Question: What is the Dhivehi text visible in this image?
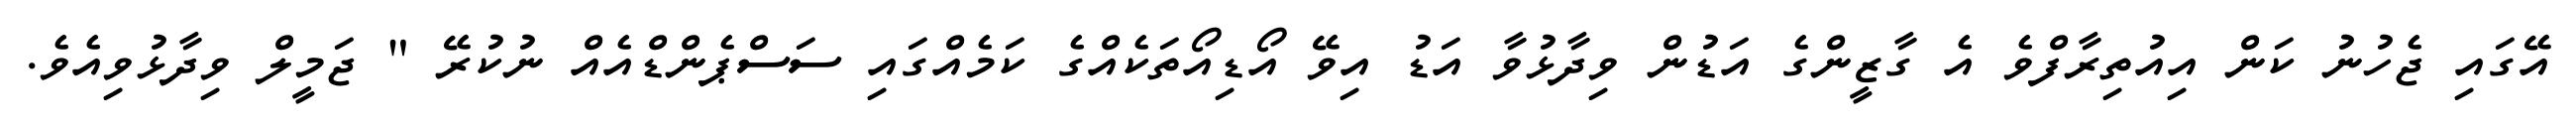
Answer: އޭގައި ޖެހުނު ކަން އިއުތިރާފްވެ އެ ގާޒީންގެ އަޑުން ވިދާޅުވާ އަޑު އިވޭ އޯޑިއޯތަކެއްގެ ކަމެއްގައި ސަސްޕެންޑްއެއް ނުކުރޭ " ޖަމީލް ވިދާޅުވިއެވެ.